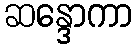
ဆန္ဒောကာ